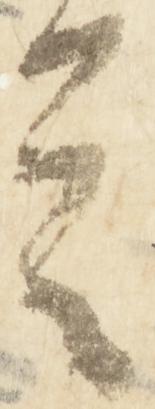
言